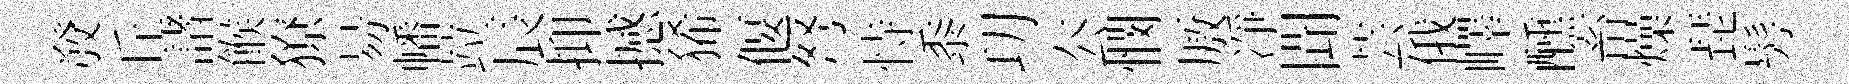
𤼲丘諸餱獠昜幡竝辰抑撼狶偃弩恃黍㓛厺憫厫凈聞芸俄嶧醺畜燥琵髣